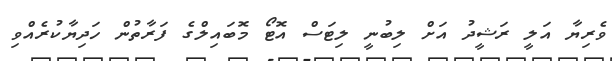
ވެރިޔާ އަލީ ރަޝީދު އަށް ލިބުނީ ލިޓަސް އޮޓޯ މޮބައިލްގެ ފަރާތުން ހަދިޔާކުރެއްވި